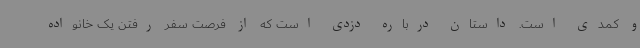
و کمدی است. داستان درباره دزدی است که از فرصت سفر رفتن یک خانواده